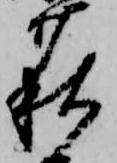
萩